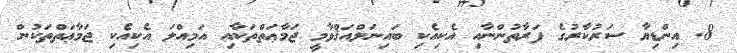
8. އިންޑިޔާ ސަރުކާރުގެ ފަރާތުންނާއި އެކިއެކި ބައިނަލްއަޤްވާމީ ޖަމާޢަތްތަކާއި އަމިއްލަ އެކިއެކި ޖަމާޢަތްތަކުން